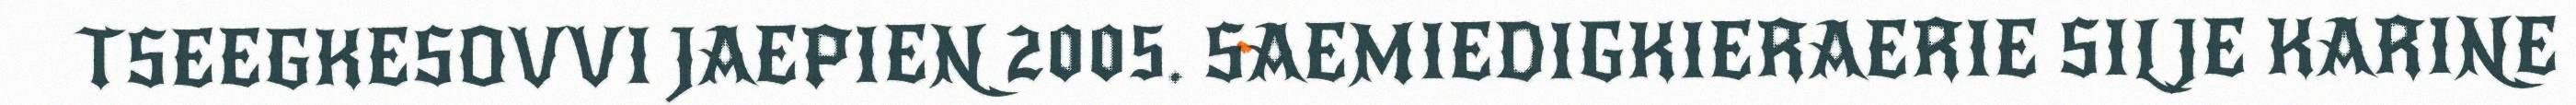
TSEEGKESOVVI JAEPIEN 2005. SAEMIEDIGKIERAERIE SILJE KARINE